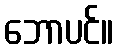
ဘောပင်။